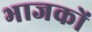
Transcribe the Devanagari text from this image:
भाजकों